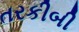
તરકીબી